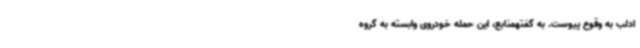
ادلب به وقوع پیوست. به گفتهمنابع، این حمله خودروی وابسته به گروه